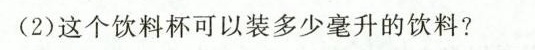
(2)这个饮料杯可以装多少毫升的饮料?